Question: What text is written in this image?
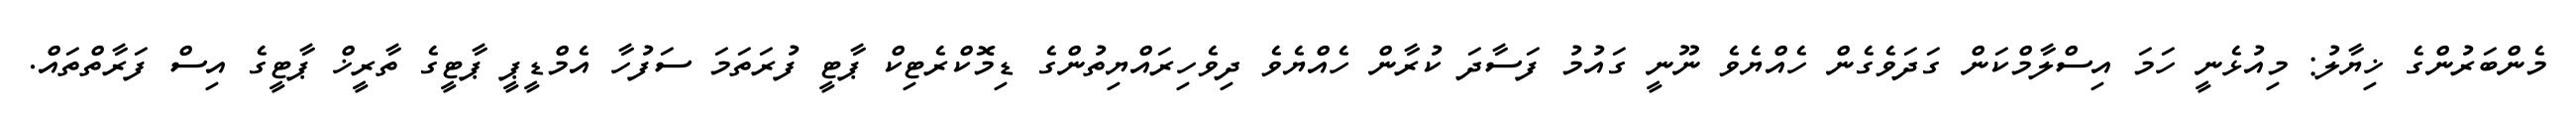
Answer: މެންބަރުންގެ ޚިޔާލު: މިއުޅެނީ ހަމަ އިސްލާމްކަން ގަދަވެގެން ހެއްޔެވެ ނޫނީ ގައުމު ފަސާދަ ކުރާން ހެއްޔެވެ ދިވެހިރައްޔިތުންގެ ޑިމޮކްރެޓިކް ޕާޓީ ފުރަތަމަ ސަފުހާ އެމްޑީޕީ ޕާޓީގެ ތާރީޚް ޕާޓީގެ އިސް ފަރާތްތައް.